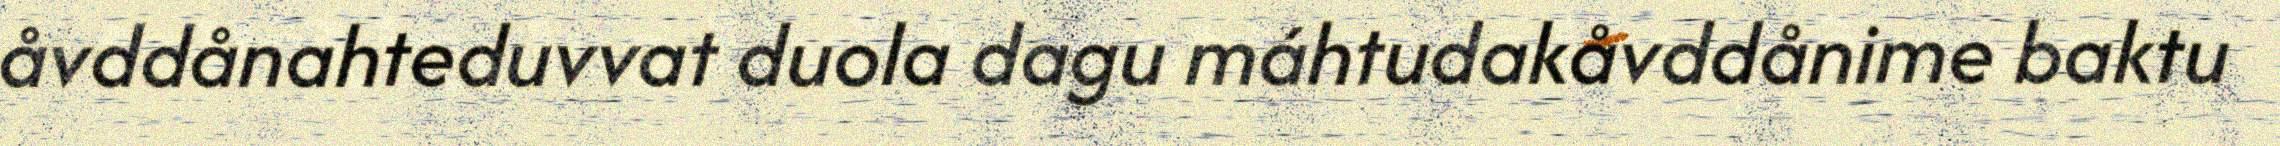
åvddånahteduvvat duola dagu máhtudakåvddånime baktu